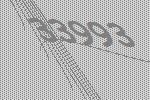
33993